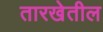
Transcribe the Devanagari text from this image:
तारखेतील